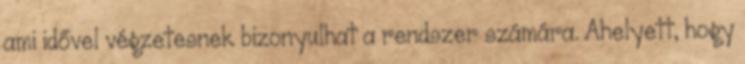
ami idővel végzetesnek bizonyulhat a rendszer számára. Ahelyett, hogy